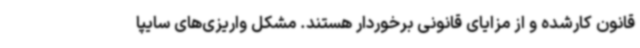
قانون کارشده و از مزایای قانونی برخوردار هستند. مشکل واریزی‌های سایپا